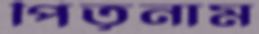
পিতৃনাম